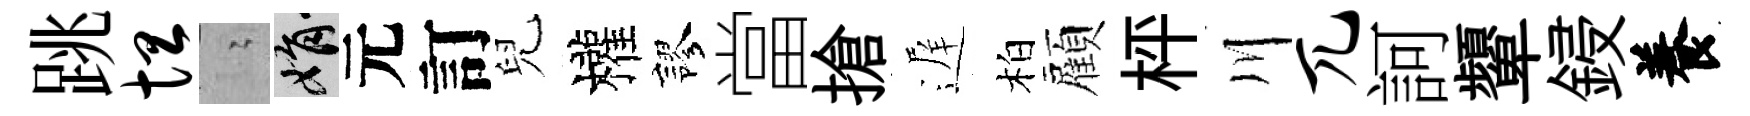
跳坦隐娟元訂兒權謬當搶遅柏顏枰川兀訶顰鋟養